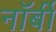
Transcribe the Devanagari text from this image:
नॉर्बी